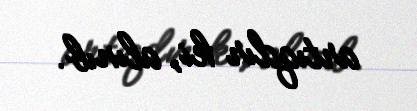
artıqdır ki, alınıb.